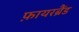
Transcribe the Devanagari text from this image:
फ़ायरब्रैंड